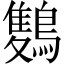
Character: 𪅥